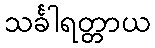
သင်္ခါရတ္တာယ